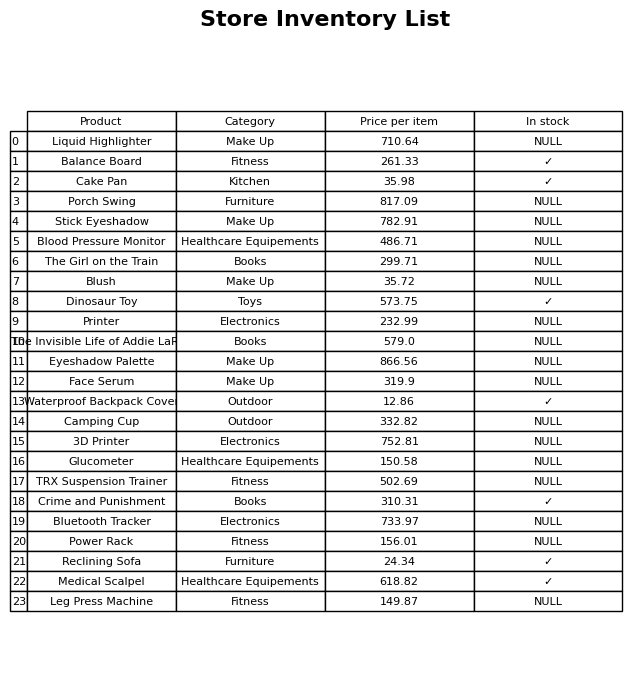
question: What is the price of the Dinosaur Toy?
answer: The price of Dinosaur Toy is 573.75.